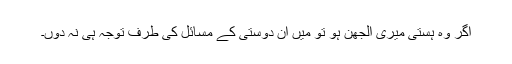
اگر وہ ہستی میری الجھن ہو تو میں ان دوستی کے مسائل کی طرف توجہ ہی نہ دوں۔